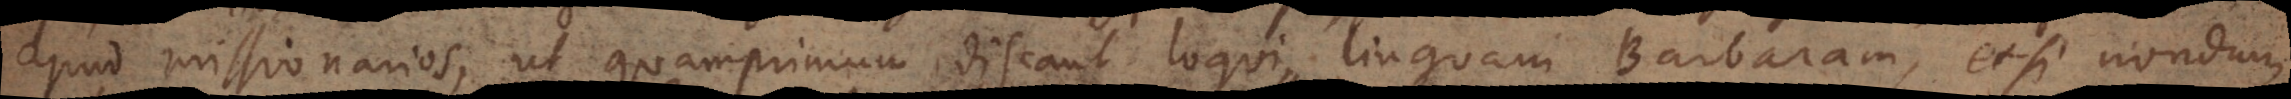
apud missionarios, ut quamprimum discant loqui linguam Barbaram, etsi nondum